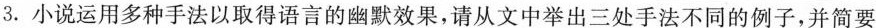
3.小说运用多种手法以取得语言的幽默效果，请从文中举出三处手法不同的例子，并简要